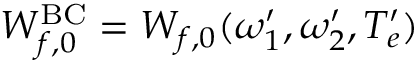
W _ { f , 0 } ^ { \mathrm { B C } } = W _ { f , 0 } ( \omega _ { 1 } ^ { \prime } , \omega _ { 2 } ^ { \prime } , T _ { e } ^ { \prime } )